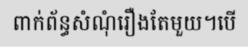
ពាក់ព័ន្ធសំណុំរឿងតែមួយ។បើ